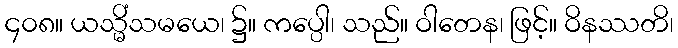
၄၀၈။ ယသ္မိံသမယေ၊ ၌။ ကပ္ပေါ၊ သည်။ ဝါတေန၊ ဖြင့်။ ဝိနဿတိ၊